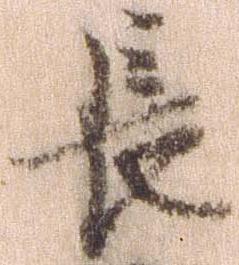
長